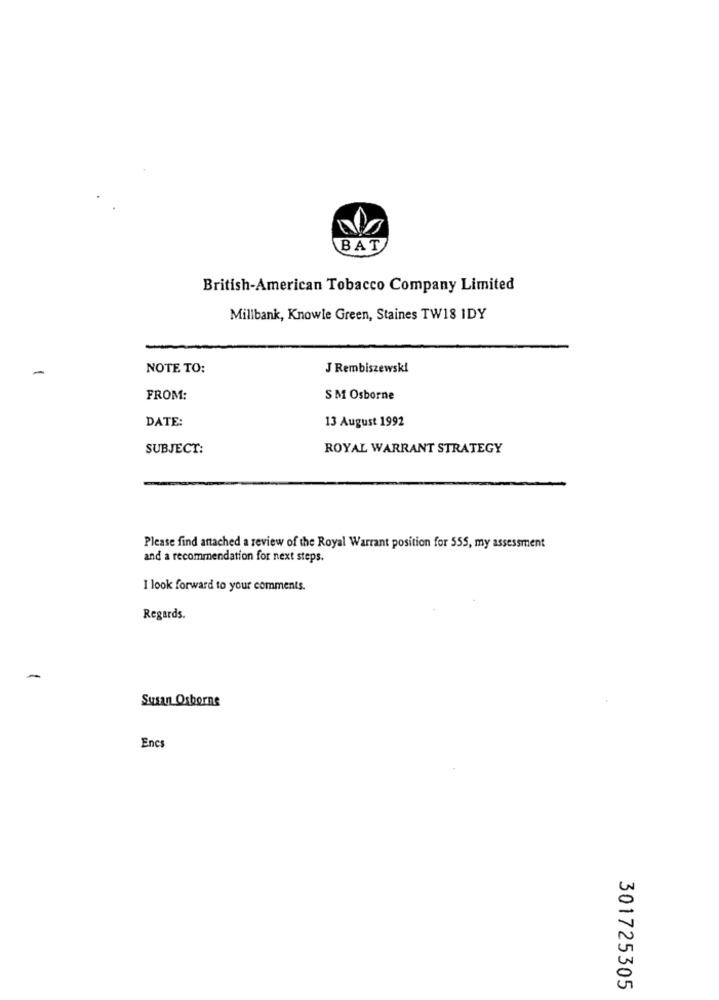
BAT
British-American Tobacco Company Limited
Millbank, Knowle Green, Staines TW18 IDY
NOTE TO:
J Rembiszewski
FROM:
S M Osborne
DATE:
13 August 1992
SUBJECT:
ROYAL WARRANT STRATEGY
Please find attached a review of the Royal Warrant position for 555, my assessment
and a recommendation for next steps.
I look forward to your comments.
Regards.
-
Susan Osborne
Encs
301725305